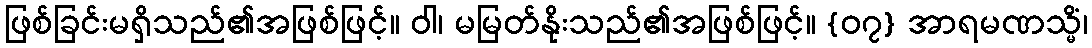
ဖြစ်ခြင်းမရှိသည်၏အဖြစ်ဖြင့်။ ဝါ၊ မမြတ်နိုးသည်၏အဖြစ်ဖြင့်။ {၀၇} အာရမဏသ္မိံ၊